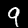
Label: 9